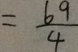
= \frac { 6 9 } { 4 }